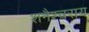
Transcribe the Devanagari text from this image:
शनैश्चराय